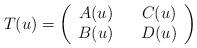
LaTeX: \begin{align*}T(u) = \left(\begin{array}{ccc}A(u)& &C(u)\\B(u)& &D(u)\end{array}\right)\end{align*}